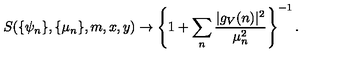
S ( \{ \psi _ { n } \} , \{ \mu _ { n } \} , m , x , y ) \rightarrow \left\{ 1 + \sum _ { n } \frac { | g _ { V } ( n ) | ^ { 2 } } { \mu _ { n } ^ { 2 } } \right\} ^ { - 1 } .